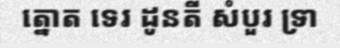
ត្នោត ទេរ ដូនតី សំបួរ ទ្រា